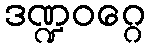
ဒဏ္ဍဝဂ္ဂေ